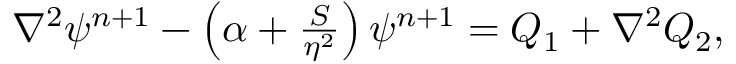
\begin{array} { r l } { \small } & { { } \nabla ^ { 2 } \psi ^ { n + 1 } - \left( \alpha + \frac { S } { \eta ^ { 2 } } \right) \psi ^ { n + 1 } = Q _ { 1 } + \nabla ^ { 2 } Q _ { 2 } , } \end{array}